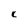
Character: c